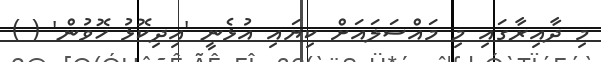
މި ދާއިރާގައި މި މައްސަލައަށް ކިޔައި އުޅެނީ 'އިދިކޮޅު ހޮވުން' ( )